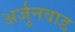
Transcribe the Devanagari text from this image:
अर्जुनवाड